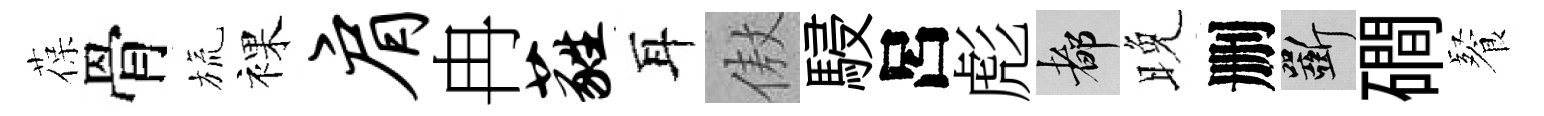
葆骨旒裸肩冉蕤耳傲駸呂彪都晚删斫磵餐